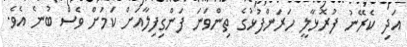
އަދި ކެރޭނު ފުރޮޅާލީ ހަރަންފުޅުގެ ތިންވަނަ ފަންގިފިލާއަށް ކަމަށް ވެސް ބުނެ އެވެ.